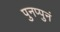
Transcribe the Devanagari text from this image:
पुनप्पुनं